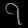
Digit: ၇